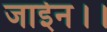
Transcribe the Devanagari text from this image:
जाईन।।